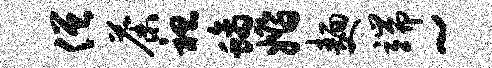
僧荼袒螭婚面端~